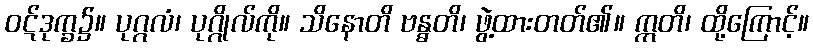
ဝဋ်ဒုက္ခ၌။ ပုဂ္ဂလံ၊ ပုဂ္ဂိုလ်ကို။ သိနောတိ ဗန္ဓတိ၊ ဖွဲ့ထားတတ်၏။ ဣတိ၊ ထို့ကြောင့်။